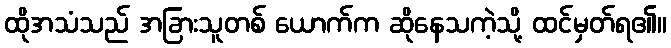
ထိုအသံသည် အခြားသူတစ် ယောက်က ဆိုနေသကဲ့သို့ ထင်မှတ်ရ၏။